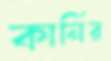
কার্নির